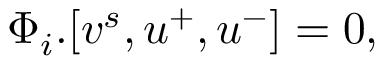
\begin{array} { r } { \Phi _ { i } . [ v ^ { s } , u ^ { + } , u ^ { - } ] = 0 , } \end{array}